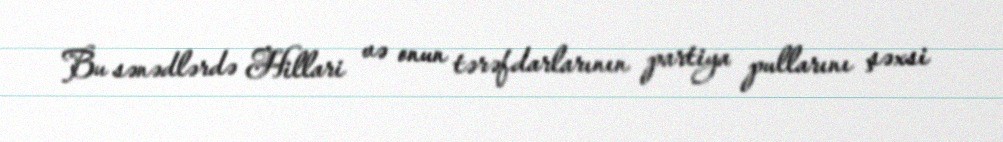
Bu sənədlərdə Hillari və onun tərəfdarlarının partiya pullarını şəxsi